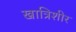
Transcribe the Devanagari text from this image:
खात्रिशीर